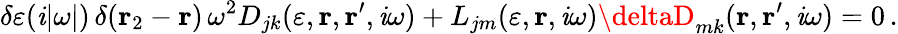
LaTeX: \delta\varepsilon(\mathit{i}|\omega|)\, \delta({\mathbf{r}}_{2}-{\mathbf{r}})\, \omega^{2}D_{jk}(\varepsilon,{\mathbf{r}},{\mathbf{r}}^{\prime},\mathit{i}\omega)+L_{jm}(\varepsilon,{\mathbf{r}},\mathit{i}\omega)\deltaD_{mk}({\mathbf{r}},{\mathbf{r}}^{\prime},\mathit{i}\omega)=0\, .